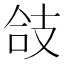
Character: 𢻆